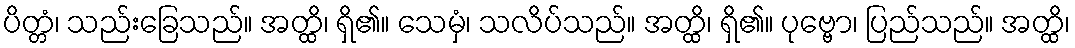
ပိတ္တံ၊ သည်းခြေသည်။ အတ္ထိ၊ ရှိ၏။ သေမှံ၊ သလိပ်သည်။ အတ္ထိ၊ ရှိ၏။ ပုဗ္ဗော၊ ပြည်သည်။ အတ္ထိ၊